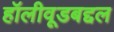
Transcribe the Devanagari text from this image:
हॉलीवूडबद्दल